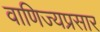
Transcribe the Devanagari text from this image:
वाणिज्यप्रसार